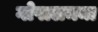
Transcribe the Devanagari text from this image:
गोपालमन्त्र